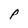
Character: P